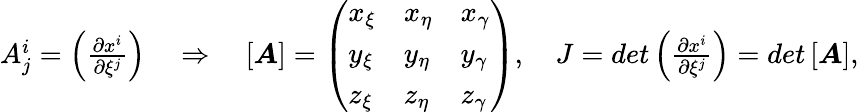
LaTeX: \begin{array}{r}{A_{j}^{i}=\left(\frac{\partial x^{i}}{\partial\xi^{j}}\right)\quad\Rightarrow\quad\left[\boldsymbol{A}\right]=\left(\begin{array}{lll}{x_{\xi}}&{x_{\eta}}&{x_{\gamma}}\\ {y_{\xi}}&{y_{\eta}}&{y_{\gamma}}\\ {z_{\xi}}&{z_{\eta}}&{z_{\gamma}}\end{array}\right),\quad J=det\left(\frac{\partial x^{i}}{\partial\xi^{j}}\right)=det\left[\boldsymbol{A}\right],}\end{array}